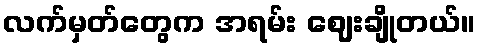
လက်မှတ်တွေက အရမ်း ဈေးချိုတယ်။